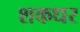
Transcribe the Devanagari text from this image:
शकधर